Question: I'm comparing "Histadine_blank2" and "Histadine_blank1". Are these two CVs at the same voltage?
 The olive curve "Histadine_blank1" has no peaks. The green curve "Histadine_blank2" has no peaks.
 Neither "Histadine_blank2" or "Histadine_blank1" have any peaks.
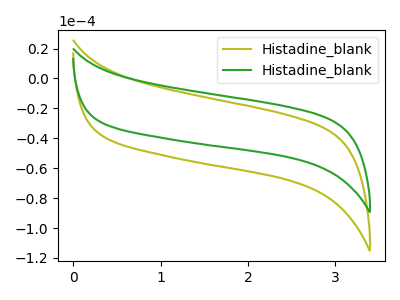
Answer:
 <answer>"Histadine_blank2" and "Histadine_blank1" are similar in shape.</answer>
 <eval>same_shape</eval>